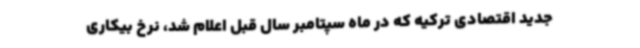
جدید اقتصادی ترکیه که در ماه سپتامبر سال قبل اعلام شد، نرخ بیکاری